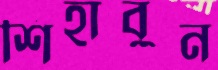
শিহাবুন